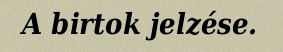
A birtok jelzése.